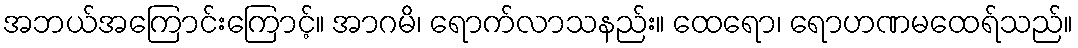
အဘယ်အကြောင်းကြောင့်။ အာဂမိ၊ ရောက်လာသနည်း။ ထေရော၊ ရောဟဏမထေရ်သည်။